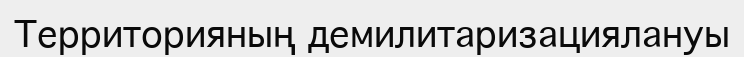
Территорияның демилитаризациялануы